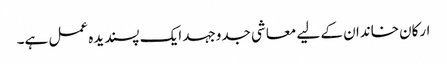
ارکان خاندان کے لیے معاشی جدوجہد ایک پسندیدہ عمل ہے۔